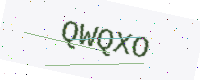
Text: QWQXO